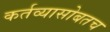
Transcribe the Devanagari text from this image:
कर्तव्यासोबतच